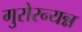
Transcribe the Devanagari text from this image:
गुरोरन्यन्न